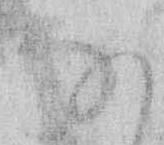
な